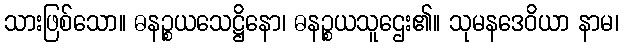
သားဖြစ်သော။ ဓနဉ္စယသေဋ္ဌိနော၊ ဓနဉ္စယသူဌေး၏။ သုမနဒေဝိယာ နာမ၊